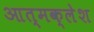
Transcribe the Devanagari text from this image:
आत्मक्लेश